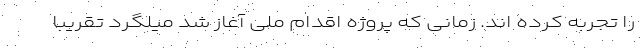
را تجربه کرده اند. زمانی که پروژه اقدام ملی آغاز شد میلگرد تقریبا